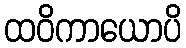
ထဝိကာယောပိ